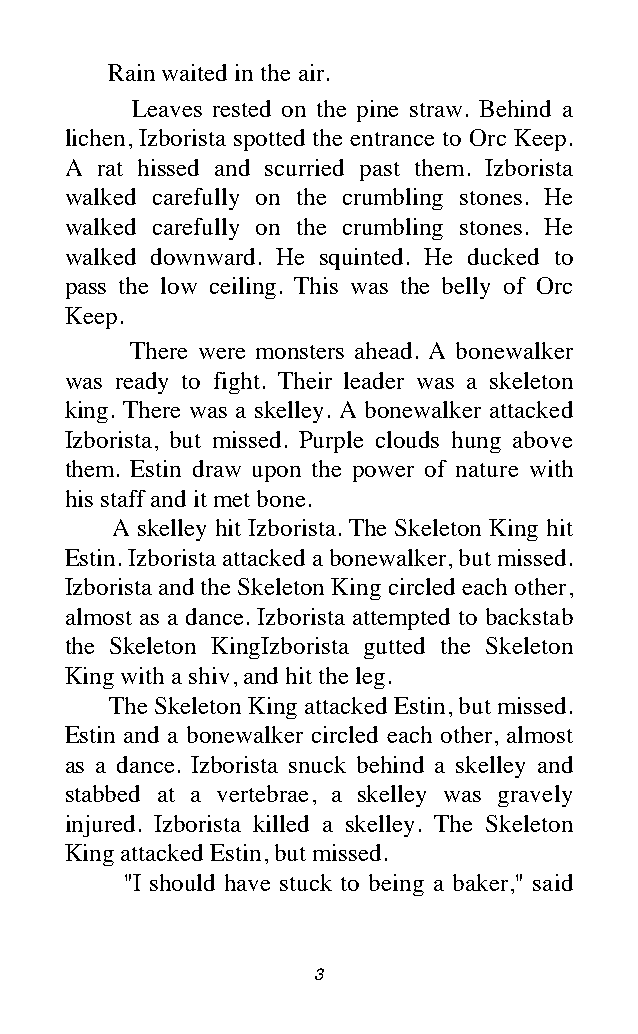
Rain waited in the air.
 Leaves rested on the pine straw. Behind a
 lichen, Izborista spotted the entrance to Orc Keep.
 A rat hissed and scurried past them. Izborista
 walked carefully on the crumbling stones. He
 walked carefully on the crumbling stones. He
 walked downward. He squinted. He ducked to
 pass the low ceiling. This was the belly of Orc
 Keep.
 There were monsters ahead. A bonewalker
 was ready to fight. Their leader was a skeleton
 king. There was a skelley. A bonewalker attacked
 Izborista, but missed. Purple clouds hung above
 them. Estin draw upon the power of nature with
 his staff and it met bone.
 A skelley hit Izborista. The Skeleton King hit
 Estin. Izborista attacked a bonewalker, but missed.
 Izborista and the Skeleton King circled each other,
 almost as a dance. Izborista attempted to backstab
 the Skeleton KingIzborista gutted the Skeleton
 King with a shiv, and hit the leg.
 The Skeleton King attacked Estin, but missed.
 Estin and a bonewalker circled each other, almost
 as a dance. Izborista snuck behind a skelley and
 stabbed at a vertebrae, a skelley was gravely
 injured. Izborista killed a skelley. The Skeleton
 King attacked Estin, but missed.
 "I should have stuck to being a baker," said
 3